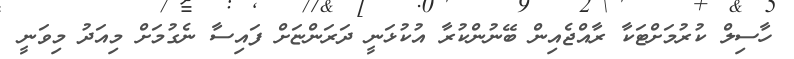
ހާސިލް ކުރުމަށްޓަކާ ރާއްޖެއިން ބޭނުންކުރާ އުކުޅަނީ ދަރަންޏަށް ފައިސާ ނެގުމަށް މިއަދު މިވަނީ